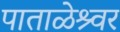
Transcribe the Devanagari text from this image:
पाताळेश्र्वर